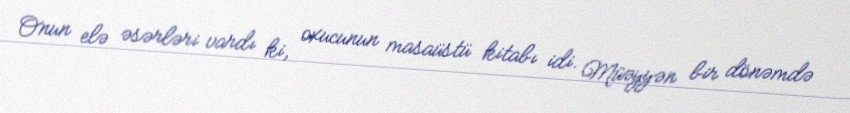
Onun elə əsərləri vardı ki, oxucunun masaüstü kitabı idi. Müəyyən bir dönəmdə